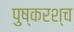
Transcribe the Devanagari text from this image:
पुष्करश्च